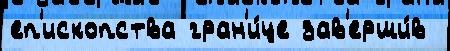
еп'ископства гран'и́це зав'ерши́в